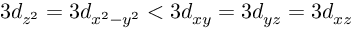
3 d _ { z ^ { 2 } } = 3 d _ { x ^ { 2 } - y ^ { 2 } } < 3 d _ { x y } = 3 d _ { y z } = 3 d _ { x z }